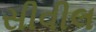
સીવીલ